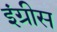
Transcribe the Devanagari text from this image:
इंग्रीस